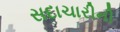
સદાચારીની